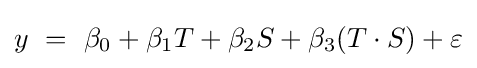
y~=~\beta _{0}+\beta _{1}T+\beta _{2}S+\beta _{3}(T\cdot S)+\varepsilon